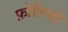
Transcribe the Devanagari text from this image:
फ़ोलियो